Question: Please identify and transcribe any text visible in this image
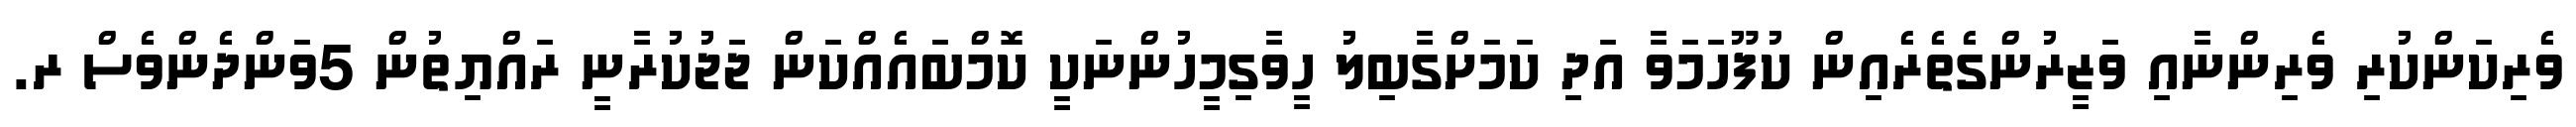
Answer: ވެރިކަންކުރި ވެރިންނާއި ވަޒީރުންގެތެރެއިން ކުފޫހަމަވާ އަދި ކަމަށްގާބިލު ހީވާގިމީހުންނަކީ ކޮމްބައެއްކަން ޖަޖުކުރާނީ ރައްޔިތުން 5ވަންދެންވެސް ރ.